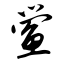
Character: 鲎